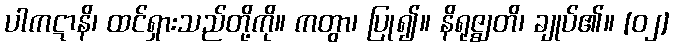
ပါကဋာနိ၊ ထင်ရှားသည်တို့ကို။ ကတွာ၊ ပြု၍။ နိရုဇ္ဈတိ၊ ချုပ်၏။ [၀၂]